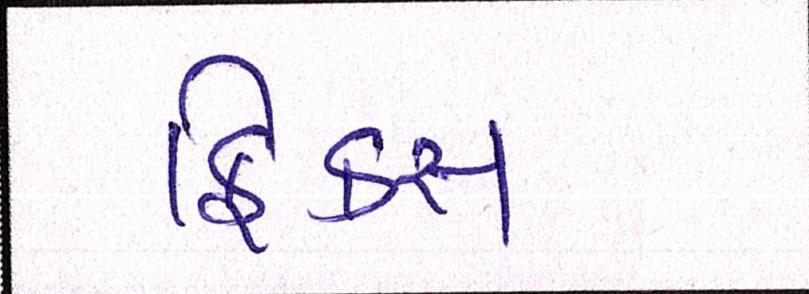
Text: ફિક્સ